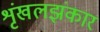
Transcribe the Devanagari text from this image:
शृंखलझंकार